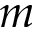
m